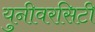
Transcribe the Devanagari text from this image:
युनीवरसिटी